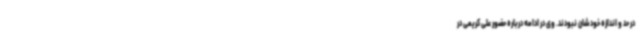
در حد و اندازه خودشان نبودند. وی در ادامه درباره حضور علی کریمی در